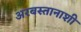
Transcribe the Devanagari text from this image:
अरबस्तानाशी